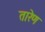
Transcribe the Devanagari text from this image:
तारेण